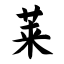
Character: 莱